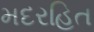
મદરહિત